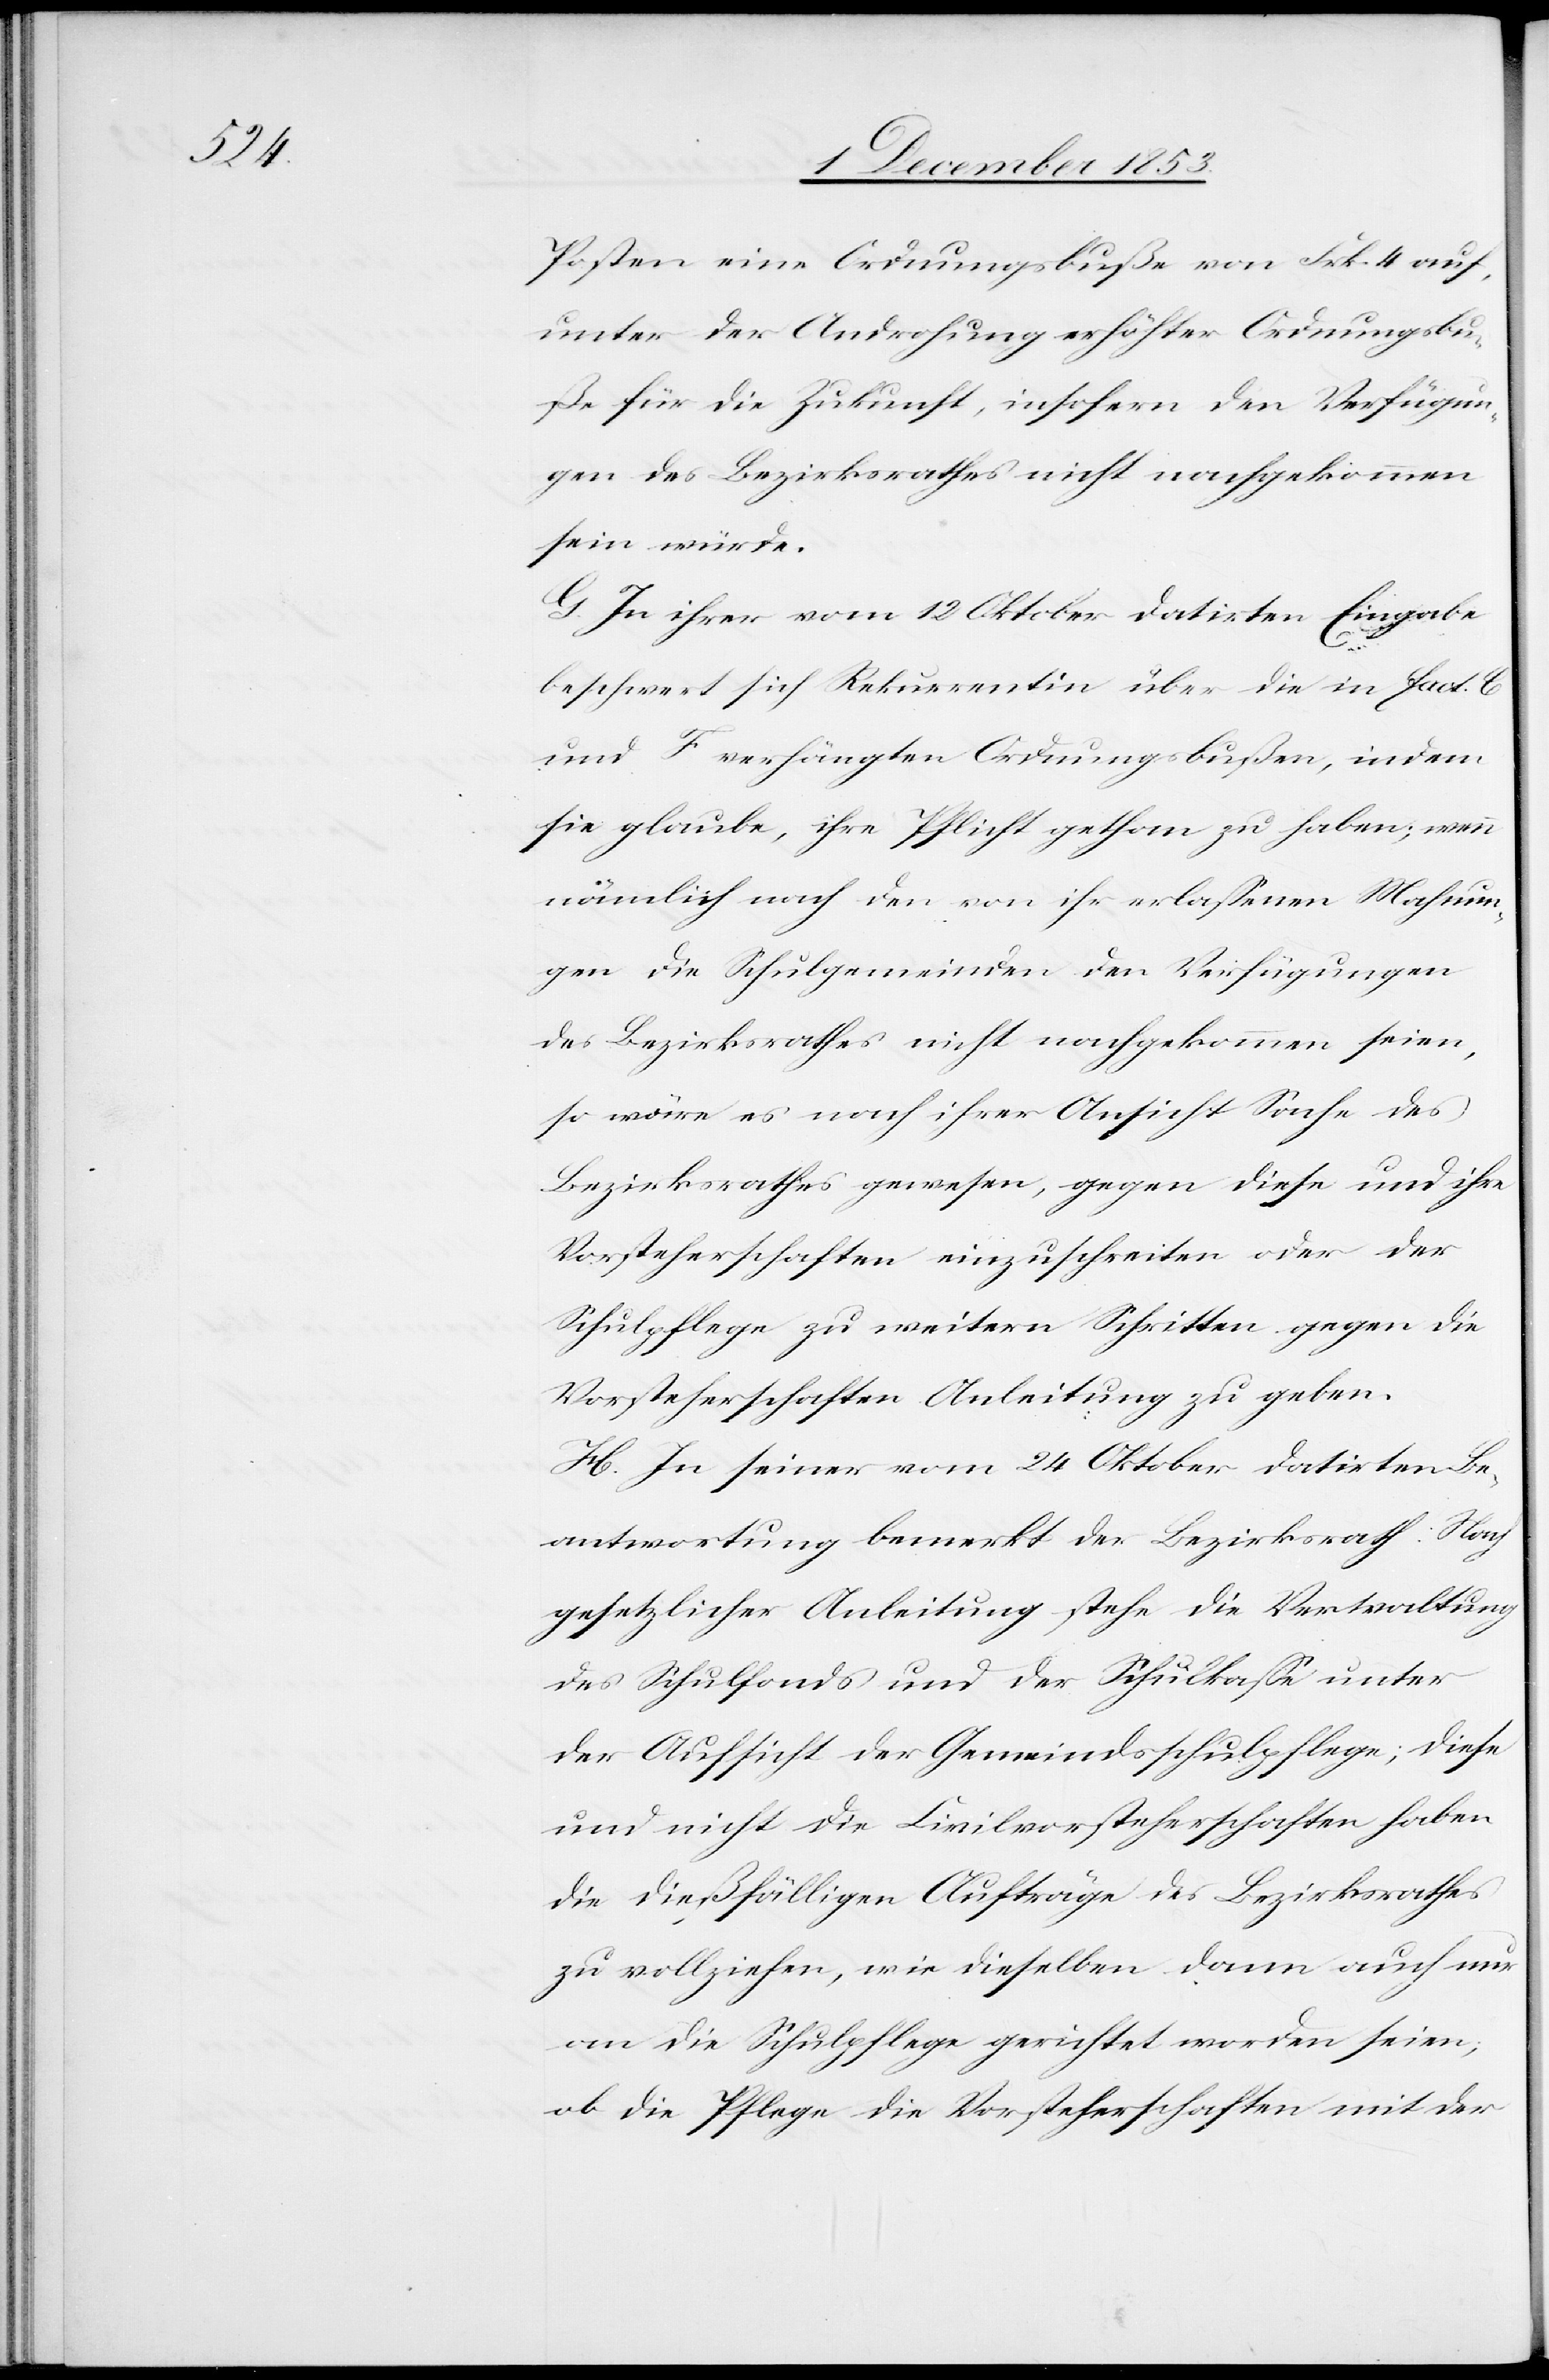
Posten eine Ordnungsbuße von Frk. 4 auf,
unter der Androhung erhöhter Ordnungsbu¬
ße für die Zukunft, insofern den Verfügun¬
gen des Bezirksrathes nicht nachgekommen
G. In ihrer vom 12 Oktober datirten Eingabe
beschwert sich Rekurrentin über die in fact. C.
und F. verhängten Ordnungsbußen, indem
sie glaube, ihre Pflicht gethan zu haben; wenn
nämlich nach den von ihr erlaßenen Mahnun¬
gen die Schulgemeinden den Verfügungen
des Bezirksrathes nicht nachgekommen seien,
so wäre es nach ihrer Ansicht Sache des
Bezirksrathes gewesen, gegen diese und ihre
Vorsteherschaften einzuschreiten oder der
Schulpflege zu weitern Schritten gegen die
Vorsteherschaft Anleitung zu geben.
H. In seiner vom 24 Oktober datirten Be¬
antwortung bemerkt der Bezirksrath: Nach
gesetzlicher Anleitung stehe die Verwaltung
des Schulfonds und der Schulkaße unter
der Aufsicht der Gemeindsschulpflege; diese
und nicht die Civilvorsteherschaften haben
die dießfälligen Aufträge des Bezirksrathes
zu vollziehen, wie dieselben dann auch nur
an die Schulpflege gerichtet worden seien;
ob die Pflege die Vorsteherschaften mit der